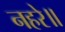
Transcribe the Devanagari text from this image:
नहरे॥